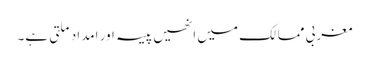
مغربی ممالک میں انھیں پیسہ اور امداد ملتی ہے۔